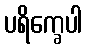
ပရိက္ခေပါ